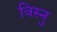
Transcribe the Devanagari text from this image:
विस्नु